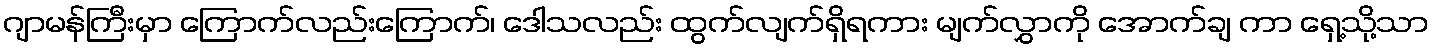
ဂျာမန်ကြီးမှာ ကြောက်လည်းကြောက်၊ ဒေါသလည်း ထွက်လျက်ရှိရကား မျက်လွှာကို အောက်ချ ကာ ရှေ့သို့သာ